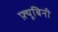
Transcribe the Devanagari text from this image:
फ़्यूबिनी